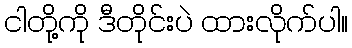
ငါတို့ကို ဒီတိုင်းပဲ ထားလိုက်ပါ။